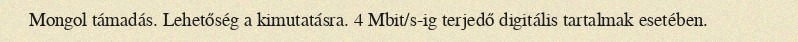
Mongol támadás. Lehetőség a kimutatásra. 4 Mbit/s-ig terjedő digitális tartalmak esetében.